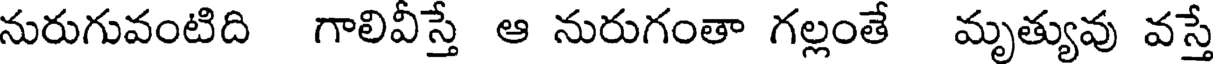
నురుగువంటిది గాలివీస్తే ఆ నురుగంతా గల్లంతే మృత్యువు వస్తే